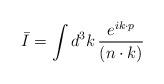
LaTeX: \begin{align*}\bar{I} = \int d^{3}k\, {e^{ik\cdot p}\over (n\cdot k)}\end{align*}